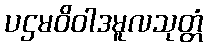
ပဌမဝိဝါဒမူလသုတ္တံ